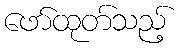
ဖော်ထုတ်သည့်